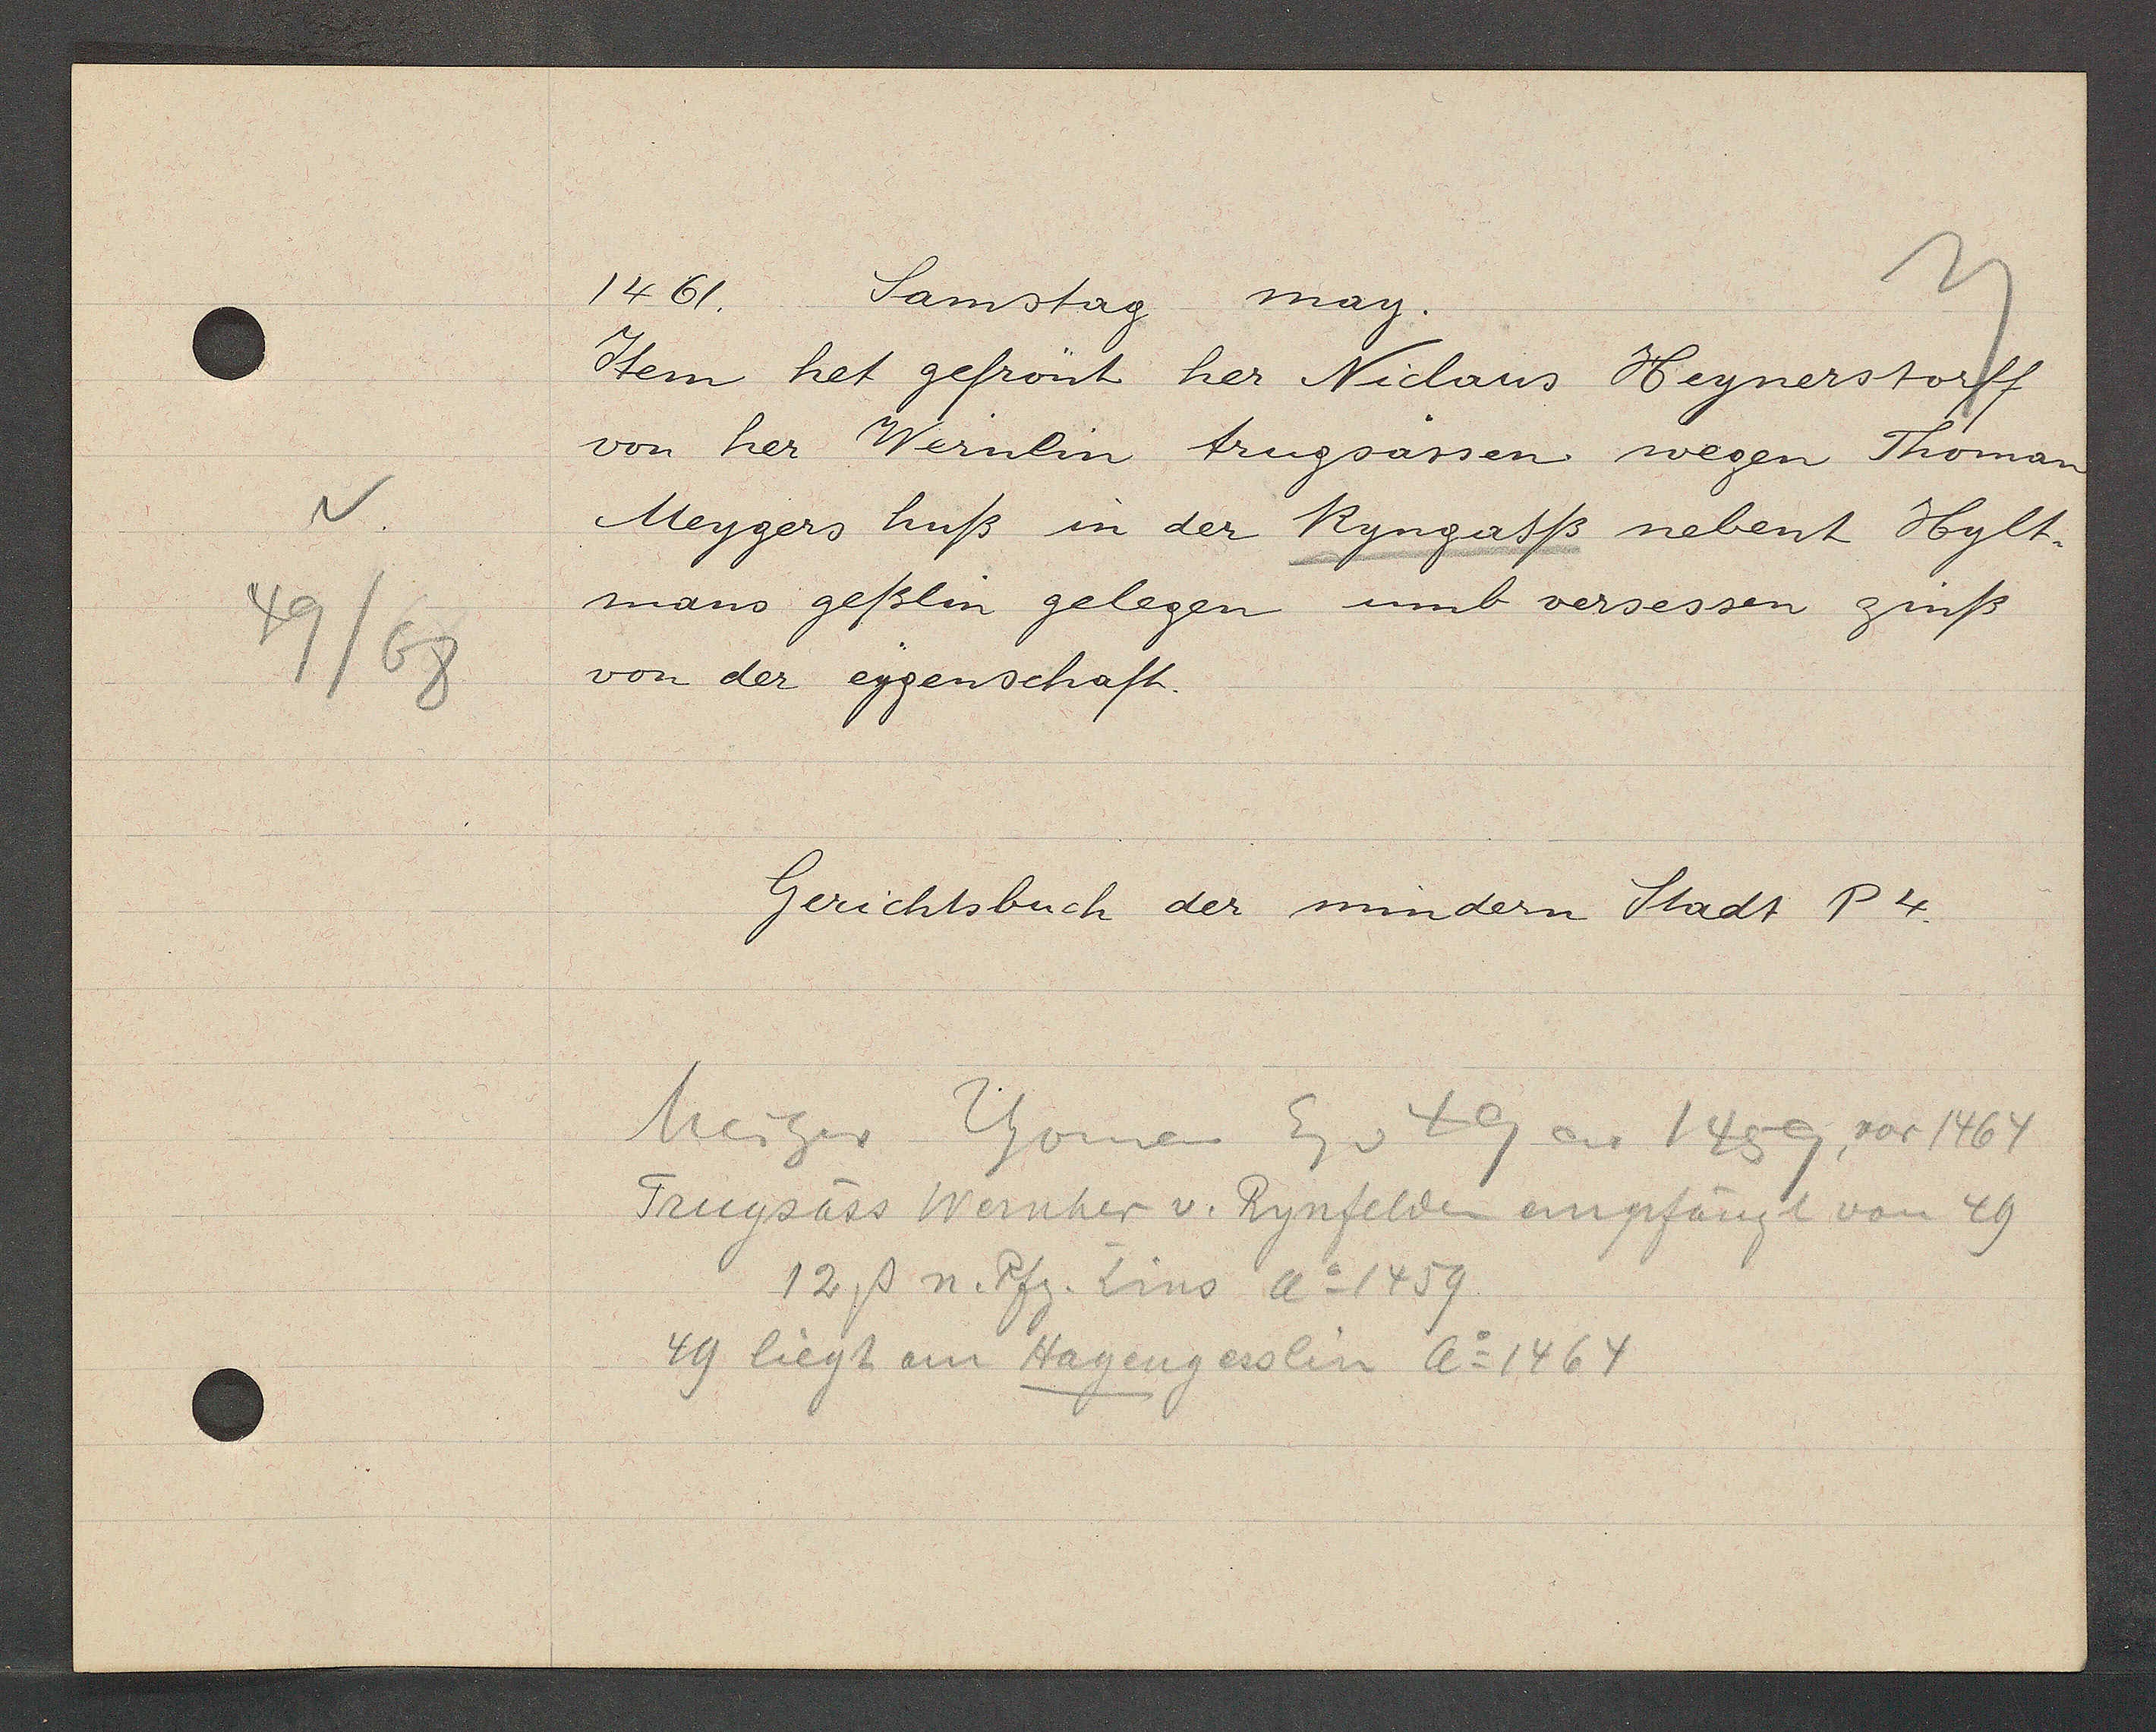
Transcript:
v.
49/68

1461,
Samstag
may.

Item het gefrönt her Niclaus Heynerstorff
von her Wernlin trugsässen wegen Thoman
Meygers huß in der Ringasß nebent Hylt-
mans geßlin gelegen umb versessen zinß
von der eygenschaft.

Gerichtsbuch der mindern Stadt P4.

Meiger Thoman Eg v 2 49 ao 1459 vor 1464
Trugsäss Wernher v. Rynfelden empfängt von 49
12ß n. Pfz. Zins Ao 1459
49 liegt em Hagengesslin Ao 1464